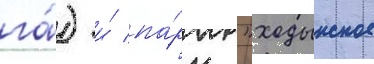
га́) и́ па́рк "ходынское